Plague in India, 1896, 1897 - Volume 2
Year: 1896
Disease focus: Plague
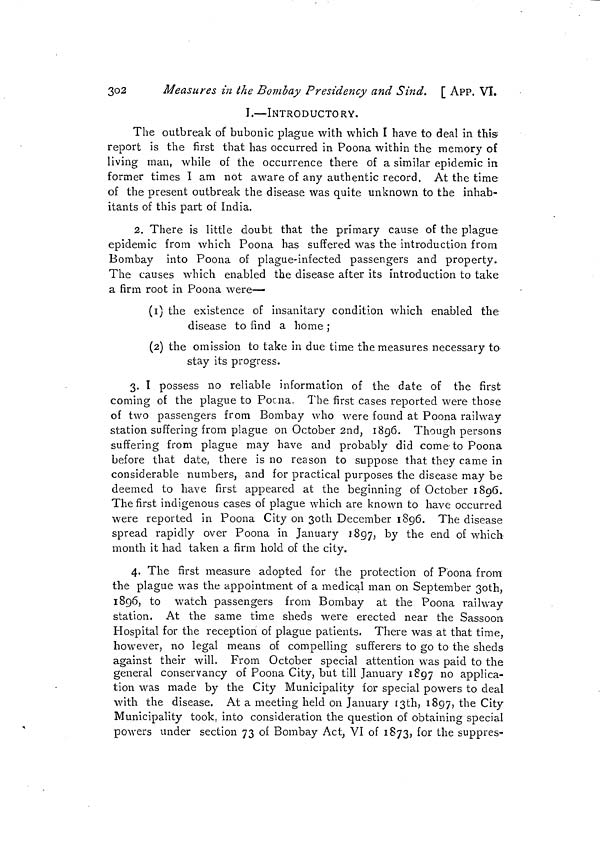
302
Measures in the Bombay Presidency and Sind. [ APP. VI.
I.—INTRODUCTORY.
The outbreak of bubonic plague with which I have to deal in this
report is the first that has occurred in Poona within the memory of
living man, while of the occurrence there of a similar epidemic in
former times I am not aware of any authentic record. At the time
of the present outbreak the disease was quite unknown to the inhab-
itants of this part of India.
2. There is little doubt that the primary cause of the plague
epidemic from which Poona has suffered was the introduction from
Bombay into Poona of plague-infected passengers and property.
The causes which enabled the disease after its introduction to take
a firm root in Poona were—
(1) the existence of insanitary condition which enabled the
disease to find a home ;
(2) the omission to take in due time the measures necessary to
stay its progress.
3. I possess no reliable information of the date of the first
coming of the plague to Pocna. The first cases reported were those
of two passengers from Bombay who were found at Poona railway
station suffering from plague on October 2nd, 1896. Though persons
suffering from plague may have and probably did come-to Poona
before that date, there is no reason to suppose that they came in
considerable numbers, and for practical purposes the disease may be
deemed to have first appeared at the beginning of October 1896.
The first indigenous cases of plague which are known to have occurred
were reported in Poona City on 3oth December 1896. The disease
spread rapidly over Poona in January 1897, by the end of which
month it had taken a firm hold of the city.
4. The first measure adopted for the protection of Poona from
the plague was the appointment of a medical man on September 3oth,
1896, to watch passengers from Bombay at the Poona railway
station. At the same time sheds were erected near the Sassoon
Hospital for the reception of plague patients. There was at that time,
however, no legal means of compelling sufferers to go to the sheds
against their will. From October special attention was paid to the
general conservancy of Poona City, but till January 1897 no applica-
tion was made by the City Municipality for special powers to deal
with the disease. At a meeting held on January I3th, 1897, the City
Municipality took, into consideration the question of obtaining special
powers under section 73 of Bombay Act, VI of 1873, for the suppres-